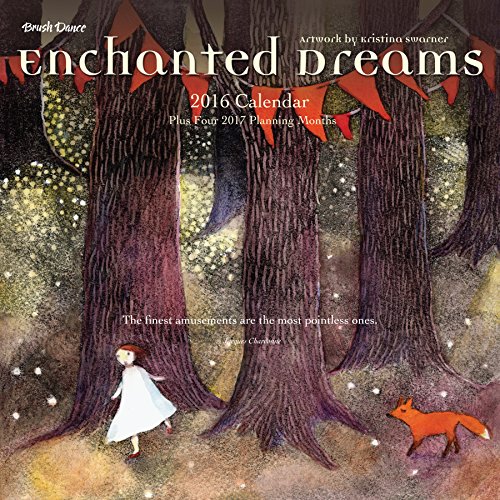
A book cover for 2016 Enchanted Dreams Wall Calendar; Brush Dance and Kristina Swarner; Calendars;